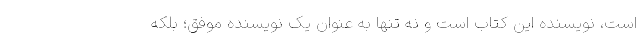
است، نویسنده این کتاب است و نه تنها به عنوان یک نویسنده موفق؛ بلکه